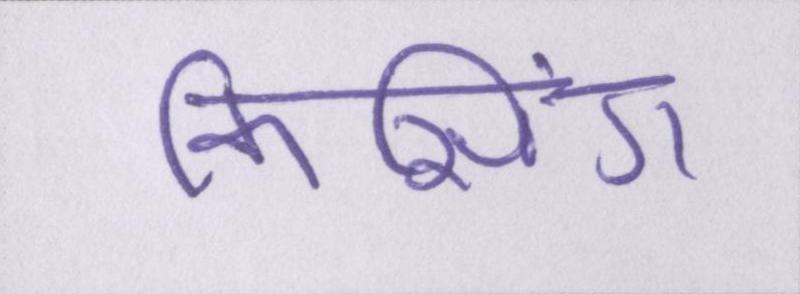
किसिंग